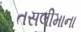
તસલીમાના